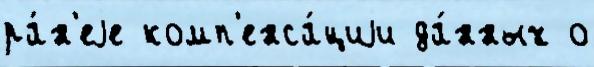
ра́н'еjе комп'енса́циjи да́нных о